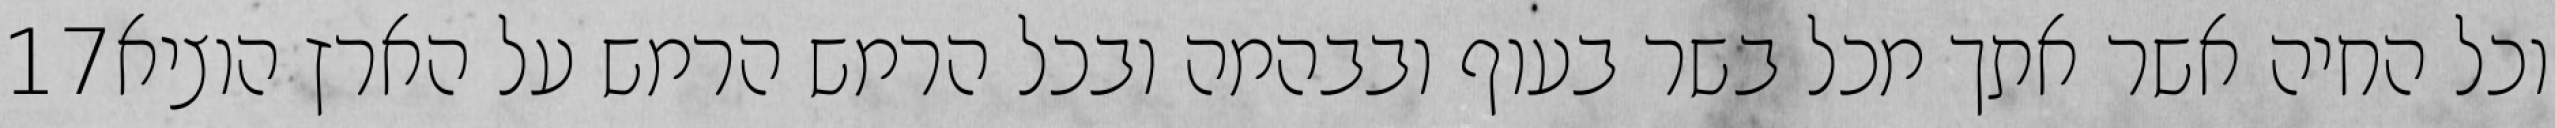
‎17‏ וכל החיה אשר אתך מכל בשר בעוף ובבהמה ובכל הרמש הרמש על הארץ הוציא